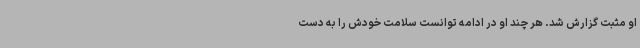
او مثبت گزارش شد. هر چند او در ادامه توانست سلامت خودش را به دست